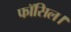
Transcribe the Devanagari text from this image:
फॉसिल।